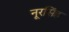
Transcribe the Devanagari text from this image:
नूरसिंह